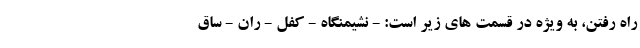
راه رفتن، به ویژه در قسمت های زیر است: - نشیمنگاه - کفل - ران - ساق